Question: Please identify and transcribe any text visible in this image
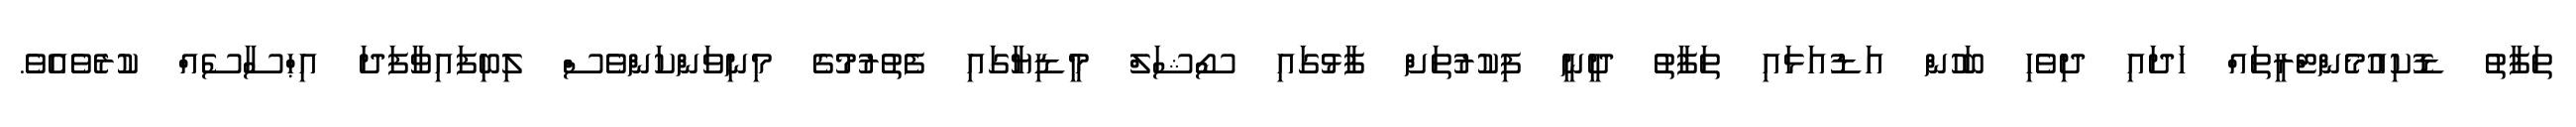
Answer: ތަފާތު ޑޮކިއުމެންޓްރީތައް ހަދައި ދިވެހި ބަހުން އަޑުއަޅައި ތަފާތު ދީނީ ފިކުރުތަށް ފާޅުގައި ސޯޝަލް މީޑިޔާގައި ފެތުރުމުގެ މިނިވަންކަންވެސް ލިބިފައިވާފަދަ އިޙްސާސެއް ކުރެވެއެވެ.